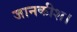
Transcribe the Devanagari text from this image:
जानकीश।